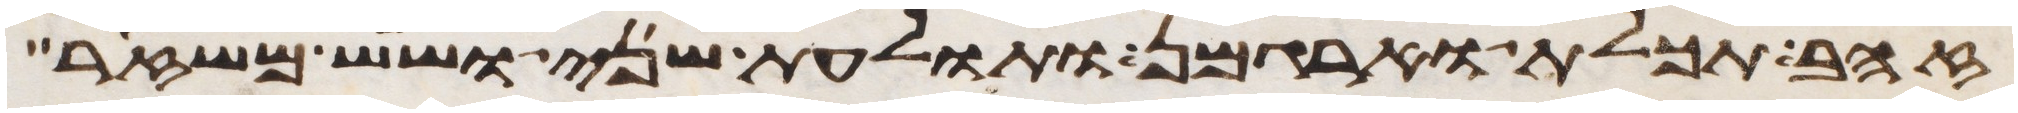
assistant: זהב תכלת וארגמן ותולעת שני ושש משזר